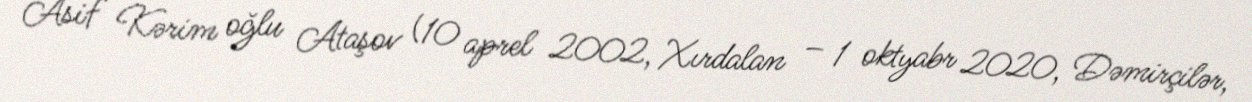
Asif Kərim oğlu Ataşov (10 aprel 2002, Xırdalan – 1 oktyabr 2020, Dəmirçilər,